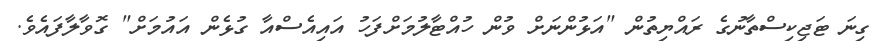
ގިނަ ޓަޖިކިސްތާނުގެ ރައްޔިތުން "އަޅުންނަށް ވުން ހުއްޓާލުމަށްފަހު އައިއެސްއާ ގުޅެން އައުމަށް" ގޮވާލާފައެވެ.